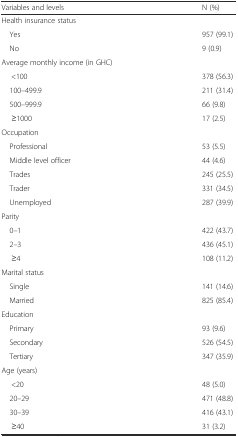
| Variables and levels | N (%) |
 | --- | --- |
 | <COLSPAN=2> Health insurance status |
 | Yes | 957 (99.1) |
 | No | 9 (0.9) |
 | <COLSPAN=2> Average monthly income (in GHC) |
 | <100 | 378 (56.3) |
 | 100–499.9 | 211 (31.4) |
 | 500–999.9 | 66 (9.8) |
 | ≥1000 | 17 (2.5) |
 | <COLSPAN=2> Occupation |
 | Professional | 53 (5.5) |
 | Middle level officer | 44 (4.6) |
 | Trades | 245 (25.5) |
 | Trader | 331 (34.5) |
 | Unemployed | 287 (39.9) |
 | <COLSPAN=2> Parity |
 | 0–1 | 422 (43.7) |
 | 2–3 | 436 (45.1) |
 | ≥4 | 108 (11.2) |
 | <COLSPAN=2> Marital status |
 | Single | 141 (14.6) |
 | Married | 825 (85.4) |
 | <COLSPAN=2> Education |
 | Primary | 93 (9.6) |
 | Secondary | 526 (54.5) |
 | Tertiary | 347 (35.9) |
 | <COLSPAN=2> Age (years) |
 | <20 | 48 (5.0) |
 | 20–29 | 471 (48.8) |
 | 30–39 | 416 (43.1) |
 | ≥40 | 31 (3.2) |